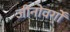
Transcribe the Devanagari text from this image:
जीनोवर्गों